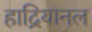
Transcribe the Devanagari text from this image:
हाद्रियानल